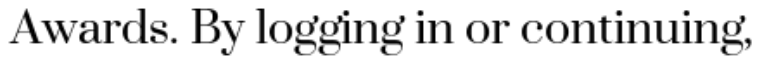
Awards. By logging in or continuing,